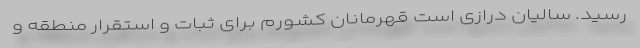
رسید. سالیان درازی است قهرمانان کشورم برای ثبات و استقرار منطقه و